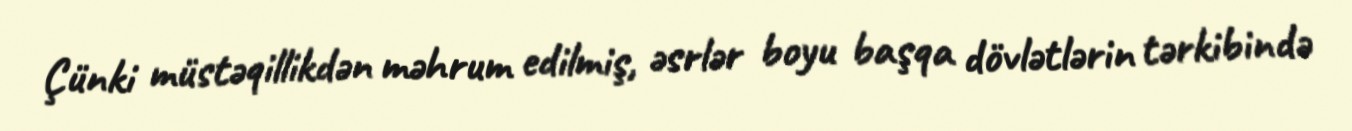
Çünki müstəqillikdən məhrum edilmiş, əsrlər boyu başqa dövlətlərin tərkibində